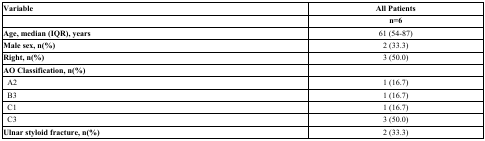
<table><thead><tr><td><b>Variable</b></td><td><b>All Patients </b></td></tr></thead><tbody><tr><td> </td><td><b>n=6</b></td></tr><tr><td><b>Age, median (IQR), years</b></td><td>61 (54-87)</td></tr><tr><td><b>Male sex, n(%)</b></td><td>2 (33.3)</td></tr><tr><td><b>Right, n(%)</b></td><td>3 (50.0)</td></tr><tr><td><b>AO Classification, n(%)</b></td><td> </td></tr><tr><td>A2</td><td>1 (16.7)</td></tr><tr><td>B3</td><td>1 (16.7)</td></tr><tr><td>C1</td><td>1 (16.7)</td></tr><tr><td>C3</td><td>3 (50.0)</td></tr><tr><td><b>Ulnar styloid fracture, n(%)</b></td><td>2 (33.3)</td></tr></tbody></table>